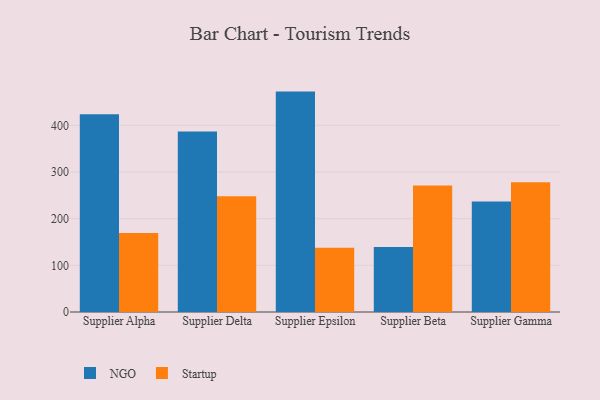
{"axis": {"x": "Supplier", "y": "Headcount"}, "legend": ["NGO", "Startup"], "data": [{"x": "Supplier Alpha", "y": 423.9, "type": "NGO"}, {"x": "Supplier Alpha", "y": 169.1, "type": "Startup"}, {"x": "Supplier Delta", "y": 387.0, "type": "NGO"}, {"x": "Supplier Delta", "y": 247.9, "type": "Startup"}, {"x": "Supplier Epsilon", "y": 472.3, "type": "NGO"}, {"x": "Supplier Epsilon", "y": 137.7, "type": "Startup"}, {"x": "Supplier Beta", "y": 139.5, "type": "NGO"}, {"x": "Supplier Beta", "y": 271.1, "type": "Startup"}, {"x": "Supplier Gamma", "y": 237.0, "type": "NGO"}, {"x": "Supplier Gamma", "y": 278.0, "type": "Startup"}]}